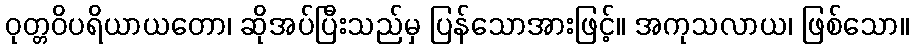
ဝုတ္တဝိပရိယာယတော၊ ဆိုအပ်ပြီးသည်မှ ပြန်သောအားဖြင့်။ အကုသလာယ၊ ဖြစ်သော။